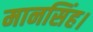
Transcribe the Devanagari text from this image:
मानसिंह।